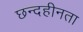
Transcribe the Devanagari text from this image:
छन्दहीनता